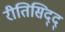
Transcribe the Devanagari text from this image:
रीतिसिद्द्